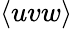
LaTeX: \langle{uvw\rangle}